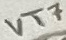
Text: VT7